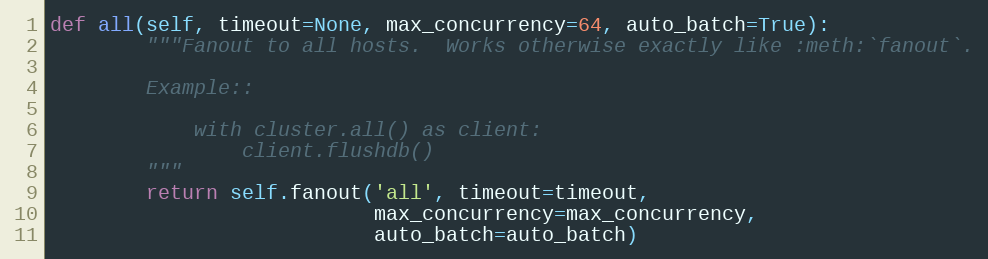
Language: Python
def all(self, timeout=None, max_concurrency=64, auto_batch=True):
        """Fanout to all hosts.  Works otherwise exactly like :meth:`fanout`.

        Example::

            with cluster.all() as client:
                client.flushdb()
        """
        return self.fanout('all', timeout=timeout,
                           max_concurrency=max_concurrency,
                           auto_batch=auto_batch)